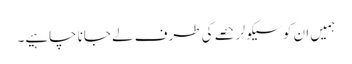
ہمیں ان کو سیکولر حصے کی طرف لے جانا چاہیے۔